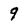
Character: 9